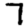
Digit: 7